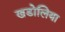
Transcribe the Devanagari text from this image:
खडोलिया